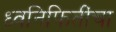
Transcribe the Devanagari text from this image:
ध्वनिफितींचा